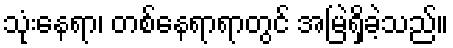
သုံးနေရာ၊ တစ်နေရာရာတွင် အမြဲရှိခဲ့သည်။